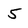
Character: 5